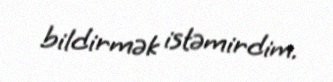
bildirmək istəmirdim.